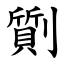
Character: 劕